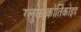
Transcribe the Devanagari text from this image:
ग्लुकोकोर्तिकोइद